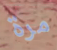
مرة